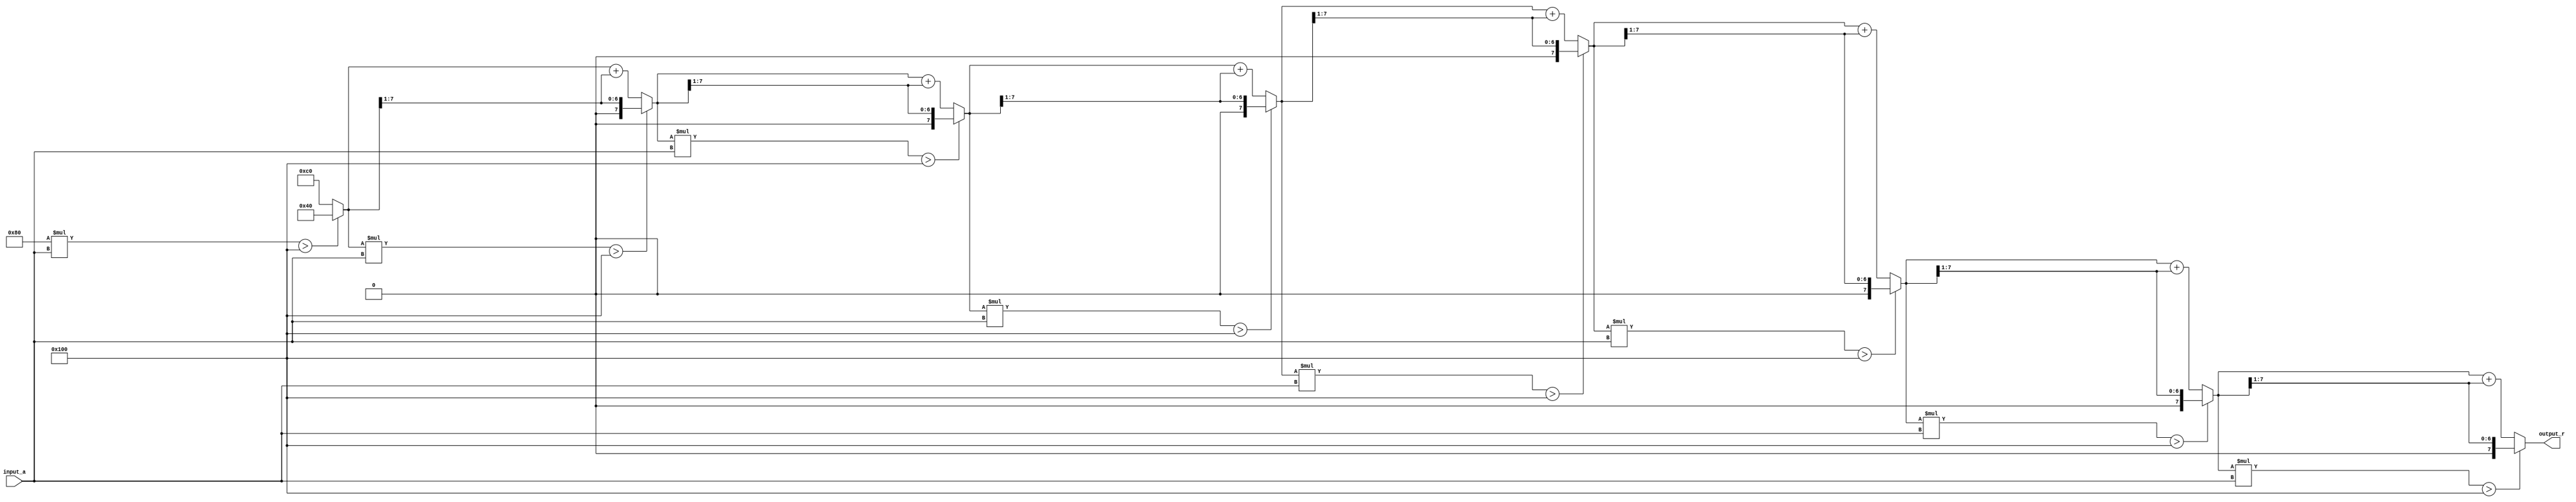
module BitwiseReciprocal #(
    parameter n = 8, // Bit width
    parameter MAX_ITER = 8 // Maximum iterations for convergence
)(
    input  wire [n-1:0] input_a, // Input number (non-zero)
    output reg  [n-1:0] output_r // Output reciprocal (1 / input_a)
);

    // Internal registers
    reg [n-1:0] estimate; // Current estimate of the reciprocal
    reg [n-1:0] product;  // Product of estimate and input_a
    integer iter;         // Iteration counter

    always @* begin
        // Initialize the estimate; 2^n is the maximum for n-bit unsigned
        estimate = 1 << (n - 1); // Start with the highest bit set (2^(n-1))

        // Iteratively refine the estimate
        for (iter = 0; iter < MAX_ITER; iter = iter + 1) begin
            // Calculate product of estimate and input_a
            product = estimate * input_a;

            // Adjust the estimate based on the product
            // The adjustment is done using a right shift to divide the estimate
            if (product > (1 << n)) begin
                estimate = estimate >> 1; // product too large, halve the estimate
            end else begin
                estimate = estimate + (estimate >> 1); // product too small, increase estimate
            end
        end
        
        // Final output assignment
        output_r = estimate;
    end

endmodule